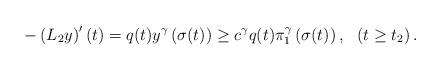
LaTeX: \begin{align*}-\left(L_{2}y\right)'(t)=q(t)y^{\gamma}\left(\sigma(t)\right)\geq c^{\gamma} q(t)\pi_{1}^{\gamma}\left(\sigma(t)\right),\ \ \left(t\geq t_{2}\right).\end{align*}